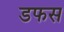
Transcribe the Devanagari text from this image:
डफस